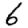
Digit: 6